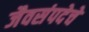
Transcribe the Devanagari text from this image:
जैवसंपदेचे